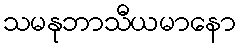
သမနုဘာသီယမာနော